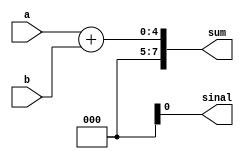
module Adder(a,b,sum, sinal);
input [3:0]a,b;
output [7:0]sum;
output sinal;
always @(*) begin
sum = a + b;
end
endmodule